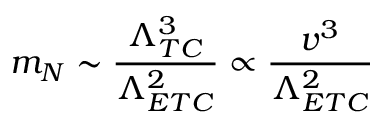
m _ { N } \sim { \frac { \Lambda _ { T C } ^ { 3 } } { \Lambda _ { E T C } ^ { 2 } } } \propto { \frac { v ^ { 3 } } { \Lambda _ { E T C } ^ { 2 } } }